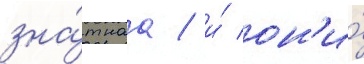
зна́тнаа / и́ он'и́